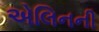
એલિનની